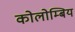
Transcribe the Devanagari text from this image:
कोलोम्बिय